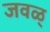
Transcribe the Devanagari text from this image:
जवळ्